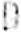
D